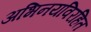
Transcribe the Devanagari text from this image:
अभिनयविरहित